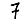
Digit: 7